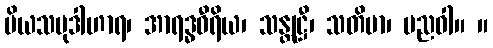
ပိယသမုဒါဟာရ၊ အာရဒ္ဓဝီရိယ၊ သန္တုဋ္ဌီ၊ သတိမာ၊ ပညဝါ။ ။